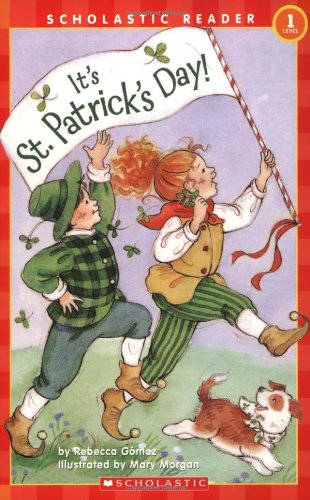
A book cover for It's St. Patrick's Day (Scholastic Reader, Level 1); Rebecca Gomez; Children's Books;